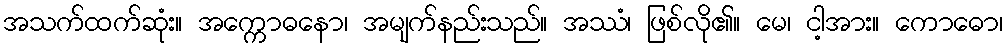
အသက်ထက်ဆုံး။ အက္ကောဓနော၊ အမျက်နည်းသည်။ အဿံ၊ ဖြစ်လို၏။ မေ၊ ငါ့အား။ ကောဓော၊